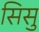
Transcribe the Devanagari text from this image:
सिसु